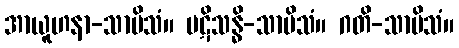
အာယူဟနာ-သာမိသံ။ ပဋိသန္ဓိ-သာမိသံ။ ဂတိ-သာမိသံ။